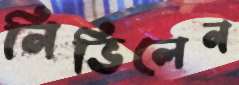
নিভিলেন